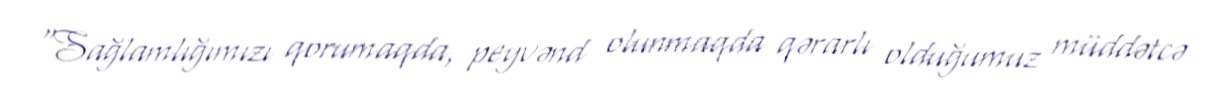
“Sağlamlığımızı qorumaqda, peyvənd olunmaqda qərarlı olduğumuz müddətcə